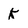
Character: K